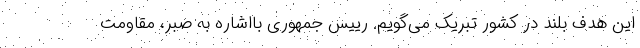
این هدف بلند در کشور تبریک می‌گویم. رییس جمهوری بااشاره به صبر، مقاومت